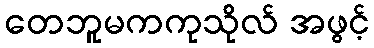
တေဘူမကကုသိုလ် အဖွင့်